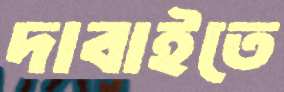
দাবাইতে